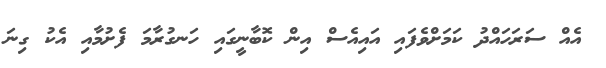
އެއް ސަރަހައްދު ކަމަށްވެފައި އައިއެސް އިން ކޮބާނީގައި ހަނގުރާމަ ފެށުމާއި އެކު ގިނަ